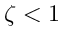
\zeta < 1